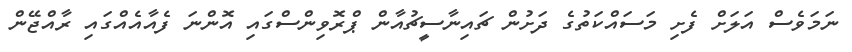
ނަމަވެސް އަލަށް ފެށި މަސައްކަތުގެ ދަށުން ޗައިނާސީޗުއާން ޕްރޮވިންސްގައި އޮންނަ ފެއާއެއްގައި ރާއްޖޭން